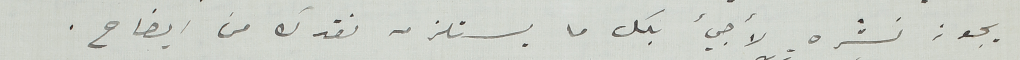
يجوز نشره لأجيء بك ما يستلزمه نقدك من ايضاح.